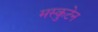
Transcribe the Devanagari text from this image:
मस्कुटेन